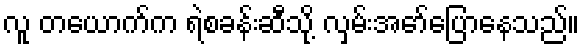
လူ တယောက်က ရဲစခန်းဆီသို့ လှမ်းအော်ပြောနေသည်။